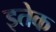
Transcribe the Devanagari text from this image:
इतेक